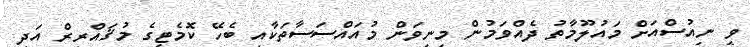
ވީ ނިއުސްއަށް މައުލޫމާތު ދެއްވަމުން މިނިވަން މުއައްސަސާތަކާއި ބެހޭ ކޮމެޓީގެ މުޤައްރިރް އަދި